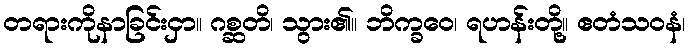
တရားကိုနာခြင်းငှာ။ ဂစ္ဆတိ၊ သွား၏။ ဘိက္ခဝေ၊ ရဟန်းတို့။ ဧတံသဝနံ၊